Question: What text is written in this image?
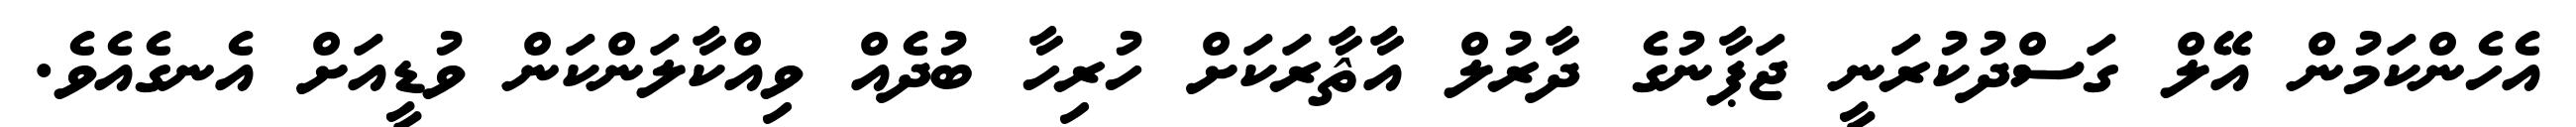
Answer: އެހެންކަމުން އޭލް ގަސްދުކުރަނީ ޖަޕާނުގެ ދާރުލް އާޘާރަކަށް ހުރިހާ ބުދެއް ވިއްކާލަންކަން ވުޑީއަށް އެނގެއެވެ.